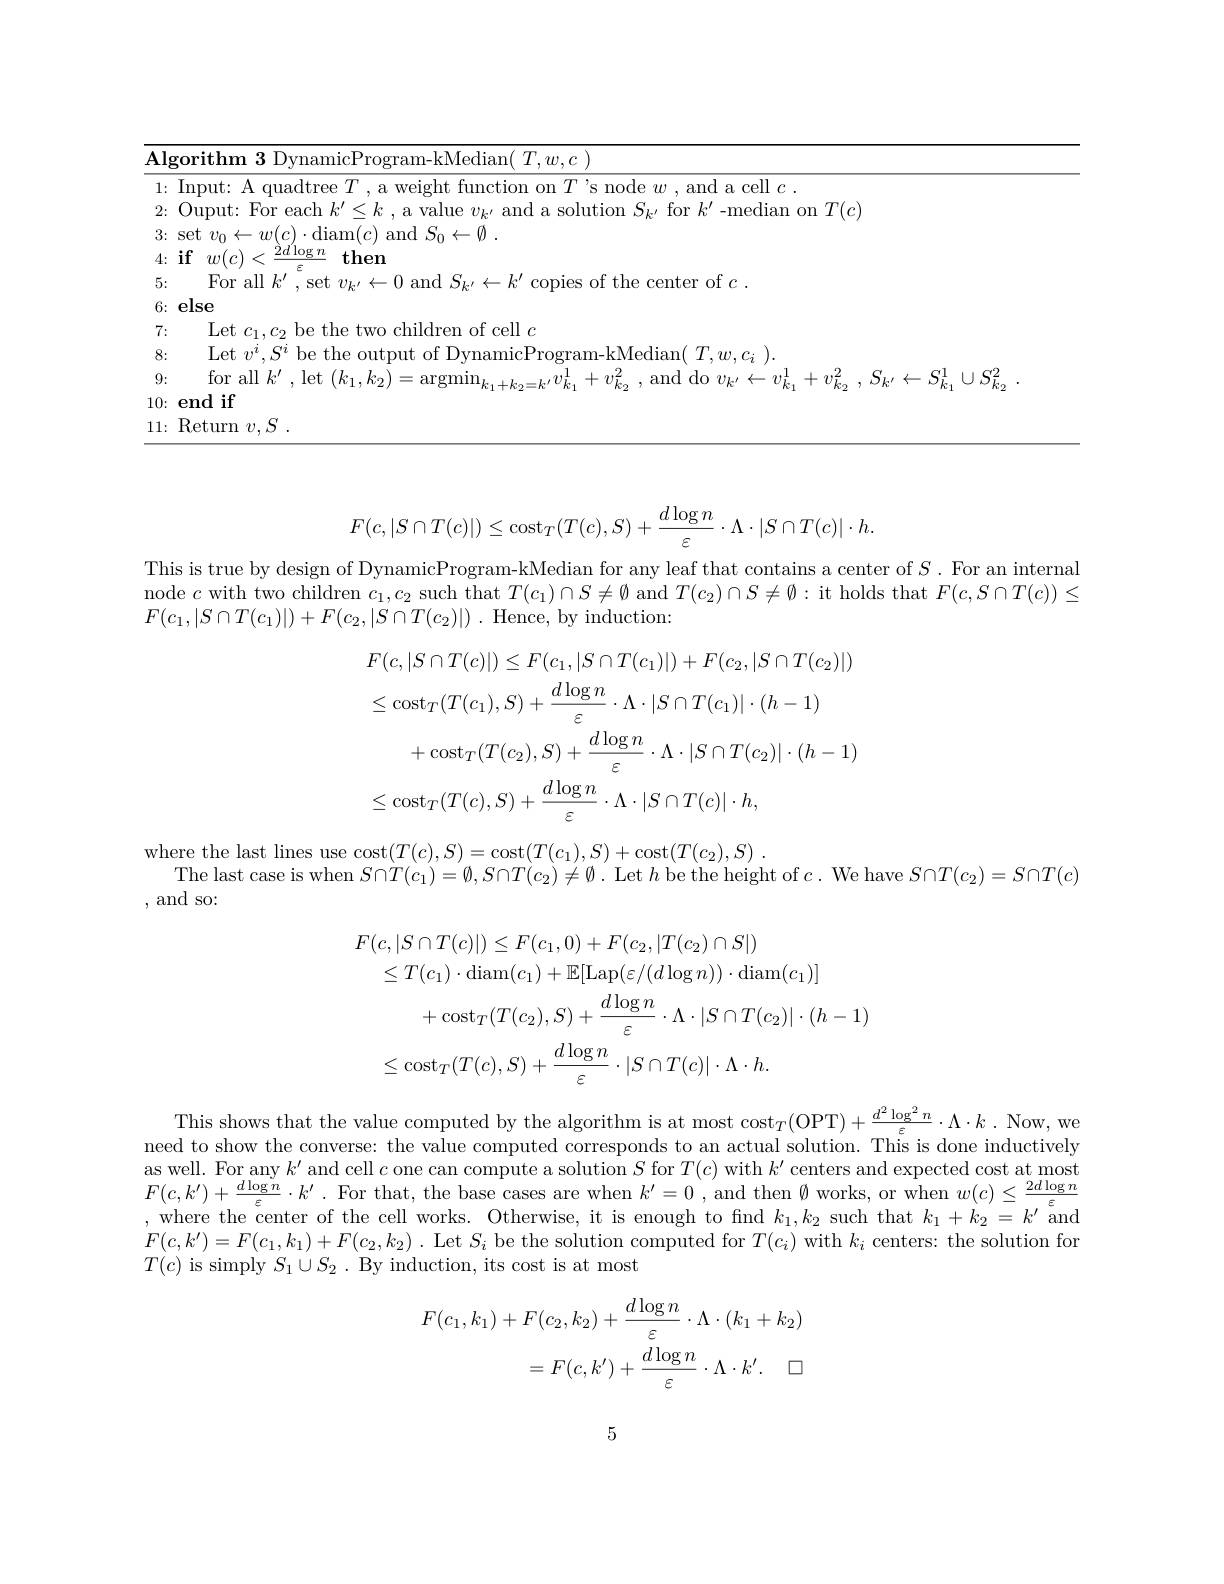
<table>
	<tbody>
		<tr>
			<td>$\overline{\mathbf{Al}_{\xi}}$ 5 </td>
			<td>$\therefore B$ $\Lambda l$</td>
			<td>$\textbf{gorithm 3 DvnamicProgram- kMedian( }T, w, c$</td>
		</tr>
		<tr>
			<td>1:</td>
			<td>1: </td>
			<td>$\mathop{\mathrm{nd~a~cell~}}c$</td>
		</tr>
		<tr>
			<td>2:</td>
			<td>2: </td>
			<td>$^{\prime }$- median on $T( c$</td>
		</tr>
		<tr>
			<td>3:</td>
			<td>3: 1 1</td>
			<td>$\mathop{\mathrm{diam}}(c)\mathop{\mathrm{and}}S_{0}\leftarrow\emptyset$</td>
		</tr>
		<tr>
			<td>4:</td>
			<td>4:</td>
			<td>$i4$ $2d\log n$ then</td>
		</tr>
		<tr>
			<td>5:</td>
			<td>5: 1 1 1 1 1 1 1 1 1</td>
			<td>Hor all $k^{\prime }$ of the center of $c.$</td>
		</tr>
		<tr>
			<td>6:</td>
			<td>6; 、 1 1</td>
			<td>else</td>
		</tr>
		<tr>
			<td>7:</td>
			<td>7: </td>
			<td>Let $c_{1},c_{2}$ be the two children of cell $c$</td>
		</tr>
		<tr>
			<td>8:</td>
			<td>8:</td>
			<td>Let $v^{i},S^{i}$ be the output of DynamicProgram-kMedian( $T,w,c_{i})$</td>
		</tr>
		<tr>
			<td>9:</td>
			<td>9:</td>
			<td>for all $k^{\prime}.\operatorname*{let}(k_{1},k_{2})$</td>
		</tr>
		<tr>
			<td>10:</td>
			<td>10:</td>
			<td>end if</td>
		</tr>
		<tr>
			<td>11:</td>
			<td>11:</td>
			<td>$\operatorname{Return}v,S$</td>
		</tr>
	</tbody>
</table>
$$F(c,|S\cap T(c)|)\leq\operatorname{cost}_T(T(c),S)+\frac{d\log n}{\varepsilon}\cdot\Lambda\cdot|S\cap T(c)|\cdot h.$$
This is true by design of DynamicProgram-kMedian for any leaf that contains a center of $S.$ For an internal

node $c$ with two children $c_1,c_2$ such that $T(c_1)\cap S\neq\emptyset$ and $T(c_2)\cap S\neq\emptyset:$ it holds that $F(c,S\cap T(c))\leq$

$F( c_1, | S\cap T( c_1) | ) + F( c_2, | S\cap T( c_2) | )$ .Hence, by induction:
$$\begin{aligned}&F(c,|S\cap T(c)|)\leq F(c_{1},|S\cap T(c_{1})|)+F(c_{2},|S\cap T(c_{2})|)\\&\leq\mathrm{cost}_{T}(T(c_{1}),S)+\frac{d\log n}{\varepsilon}\cdot\Lambda\cdot|S\cap T(c_{1})|\cdot(h-1)\\&+\mathrm{cost}_{T}(T(c_{2}),S)+\frac{d\log n}{\varepsilon}\cdot\Lambda\cdot|S\cap T(c_{2})|\cdot(h-1)\\&\leq\mathrm{cost}_{T}(T(c),S)+\frac{d\log n}{\varepsilon}\cdot\Lambda\cdot|S\cap T(c)|\cdot h,\end{aligned}$$
$\begin{array}{c}\mathrm{where~the~last~lines~use~cost}(T(c),S)=\mathrm{cost}(T(c_{1}),S)+\mathrm{cost}(T(c_{2}),S).\\\mathrm{The~last~case~is~when~}S\cap T(c_{1})=\emptyset,S\cap T(c_{2})\neq\emptyset.\text{ Let }h\text{ be the height of }c.\text{ We have }S\cap T(c_{2})=S\cap T(c)\end{array}$
,and so:
$$\begin{aligned}&F(c,|S\cap T(c)|)\leq F(c_{1},0)+F(c_{2},|T(c_{2})\cap S|)\\&\leq T(c_{1})\cdot\mathrm{diam}(c_{1})+\mathbb{E}[\mathrm{Lap}(\varepsilon/(d\log n))\cdot\mathrm{diam}(c_{1})]\\&+\mathrm{cost}_{T}(T(c_{2}),S)+\frac{d\log n}{\varepsilon}\cdot\Lambda\cdot|S\cap T(c_{2})|\cdot(h-1)\\&\leq\mathrm{cost}_{T}(T(c),S)+\frac{d\log n}{\varepsilon}\cdot|S\cap T(c)|\cdot\Lambda\cdot h.\end{aligned}$$
This shows that the value computed by the algorithm is at most $\cos t_T($OPT$) + \frac {d^2\log ^2n}\varepsilon \cdot \Lambda \cdot k\cdot$ Now, we need to show the converse: the value computed corresponds to an actual solution. This is done inductively as well. For any $k^\prime$ and cell $c$ one can compute a solution $S$ for $T(c)$ with $k^\prime$ centers and expected cost at most $F(c,k^{\prime})+\frac{d\log n}\varepsilon\cdot k^{\prime}.$ For that, the base cases are when $k^\prime=0$, and then $\emptyset$ works, or when $w(c)\leq\frac{2d\log n}\varepsilon$
where the center of the cell works. Otherwise, it is enough to find $k_1,k_2$ such that $k_1+k_2=k^{\prime}$ and $F( c, k^{\prime }) = F( c_{1}, k_{1}) + F( c_{2}, k_{2})$ . Let $S_i$ be the solution computed for $T(c_{i})$ with $k_i$ centers: the solution for $T(c)$ is simply $S_1\cup S_2.$ By induction, its cost is at most
$$\begin{aligned}F(c_{1},k_{1})&+F(c_{2},k_{2})+\frac{d\log n}{\varepsilon}\cdot\Lambda\cdot(k_{1}+k_{2})\\&=F(c,k^{\prime})+\frac{d\log n}{\varepsilon}\cdot\Lambda\cdot k^{\prime}.\quad\square\end{aligned}$$
5